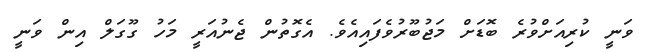
ވަނީ ކުރިއަށްވުރެ ބޮޑަށް މަޖުބޫރުވެފައިއެވެ. އެގޮތުން ޖެނުއަރީ މަހު ގޫގަލް އިން ވަނީ